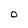
Character: O